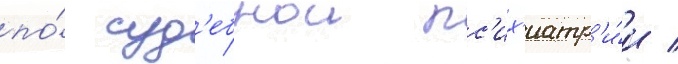
по́ суд'ебнои пс'их'иатр'и́и /